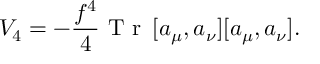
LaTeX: V _ { 4 } = - \frac { f ^ { 4 } } { 4 } \textrm { T r } \, [ a _ { \mu } , a _ { \nu } ] [ a _ { \mu } , a _ { \nu } ] .